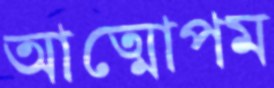
আত্মোপম